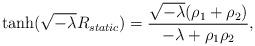
LaTeX: \begin{align*}\tanh(\sqrt{-\lambda}R_{static}) = \frac{\sqrt{-\lambda}(\rho_1+\rho_2)}{-\lambda+\rho_1\rho_2}, \end{align*}